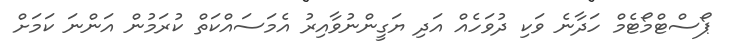
ޕޯސްޓްމޯޓެމް ހަދާނެ ވަކި ދުވަހެއް އަދި ޔަގީންނުވާއިރު އެމަސައްކަތް ކުރަމުން އަންނަ ކަމަށް